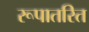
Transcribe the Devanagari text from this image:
रूपातरित